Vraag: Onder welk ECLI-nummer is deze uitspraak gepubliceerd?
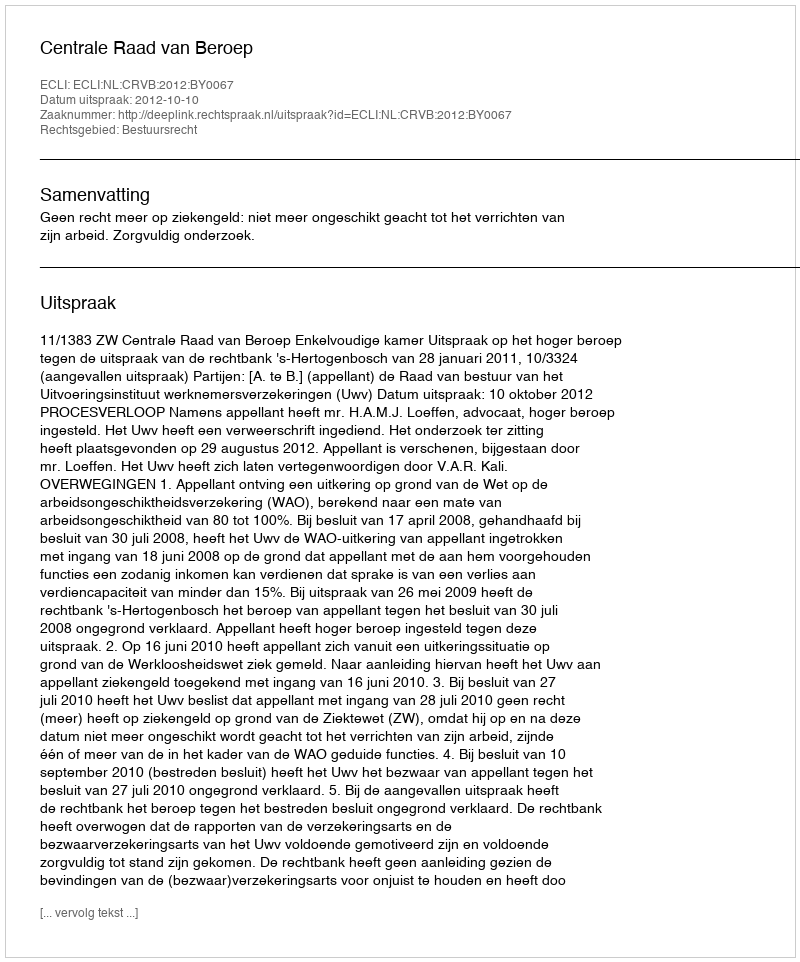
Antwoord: ECLI:NL:CRVB:2012:BY0067